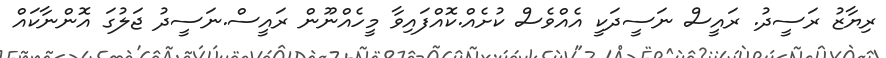
ރިޔާޒު ރަސީދު. ރައީސް ނަސީދަކީ އެއްވެސް ކުށެއް.ކޮއްފައިވާ މީހެއްނޫން ރައީސް.ނަސީދު ޖަލުގަ އޮންނާކައް